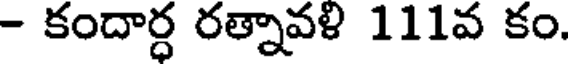
- కందార్ధ రత్నావళి 111వ కం.